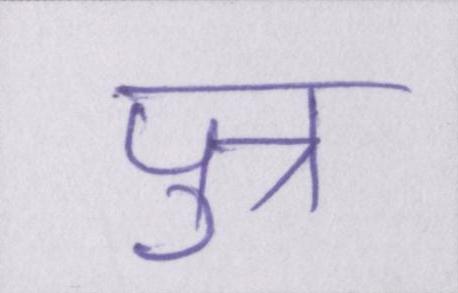
पुत्र